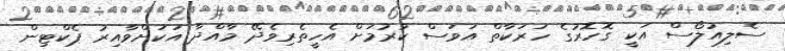
ސެލިއުލޯސް އަކީ ގޮހޮރުގެ ހަރަކާތް އަވަސް ކުރުމަށް އެހީތެރިވެދޭ މާއްދާ އަކަށްވާއިރު ޕެކްޓިން